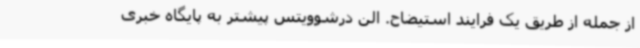
از جمله از طریق یک فرایند استیضاح. الن درشوویتس پیشتر به پایگاه خبری